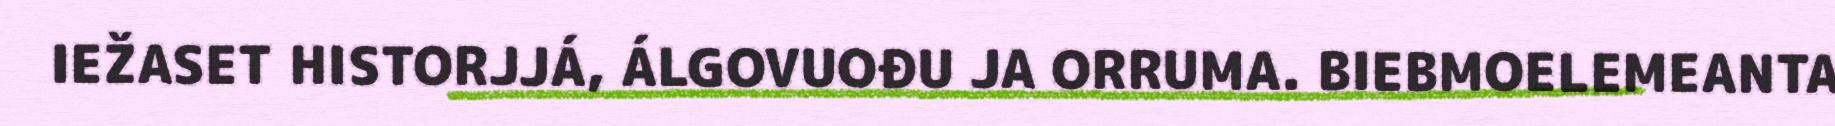
IEŽASET HISTORJJÁ, ÁLGOVUOĐU JA ORRUMA. BIEBMOELEMEANTA